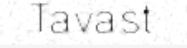
Tavast